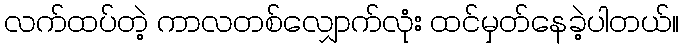
လက်ထပ်တဲ့ ကာလတစ်လျှောက်လုံး ထင်မှတ်နေခဲ့ပါတယ်။